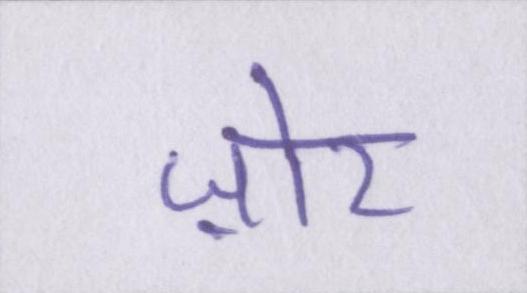
ज़ोर